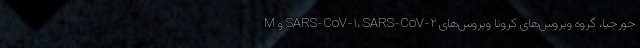
جورجیا، گروه ویروس‌های کرونا ویروس‌های SARS-CoV-۱، SARS-CoV-۲ و M